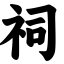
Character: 祠